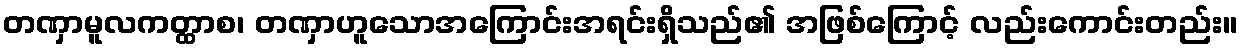
တဏှာမူလကတ္ထာစ၊ တဏှာဟူသောအကြောင်းအရင်းရှိသည်၏ အဖြစ်ကြောင့် လည်းကောင်းတည်း။